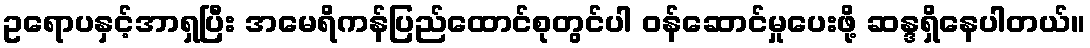
ဥရောပနှင့်အာရှပြီး အမေရိကန်ပြည်ထောင်စုတွင်ပါ ဝန်ဆောင်မှုပေးဖို့ ဆန္ဒရှိနေပါတယ်။